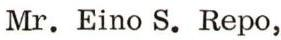
Mr. Eino S. Repo,